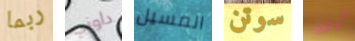
ربما داوني المسيل سوتن الوقت